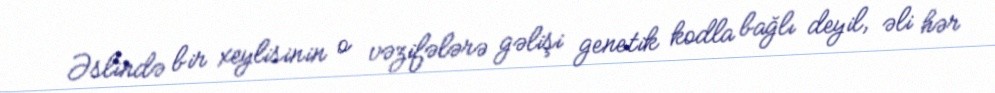
Əslində bir xeylisinin o vəzifələrə gəlişi genetik kodla bağlı deyil, əli hər